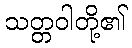
သတ္တဝါတို့၏